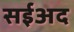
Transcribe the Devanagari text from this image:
सईअद